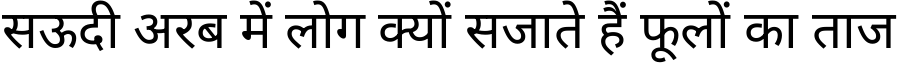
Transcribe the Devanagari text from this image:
सऊदी अरब में लोग क्यों सजाते हैं फूलों का ताज